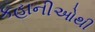
કહાનીઓથી